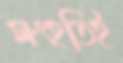
সংহতিই